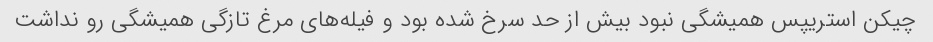
چیکن استریپس همیشگی نبود بیش از حد سرخ شده بود و فیله‌های مرغ تازگی همیشگی رو نداشت